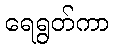
ရေရွတ်ကာ